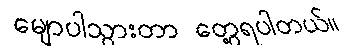
မျောပါသွားတာ တွေ့ရပါတယ်။